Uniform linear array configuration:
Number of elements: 8
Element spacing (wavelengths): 1
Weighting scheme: blackman
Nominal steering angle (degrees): -60
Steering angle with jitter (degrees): -61.393
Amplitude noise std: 0.05
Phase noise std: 0.05

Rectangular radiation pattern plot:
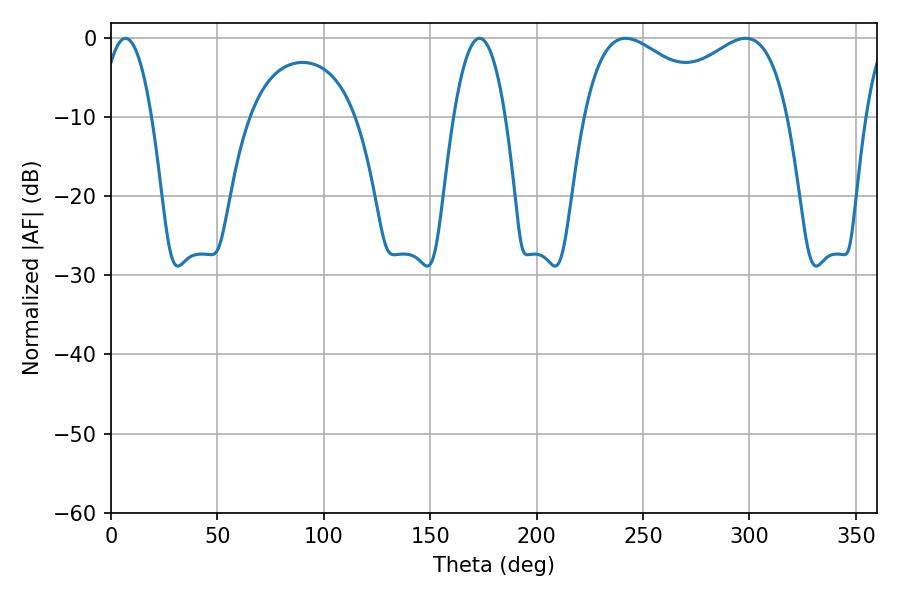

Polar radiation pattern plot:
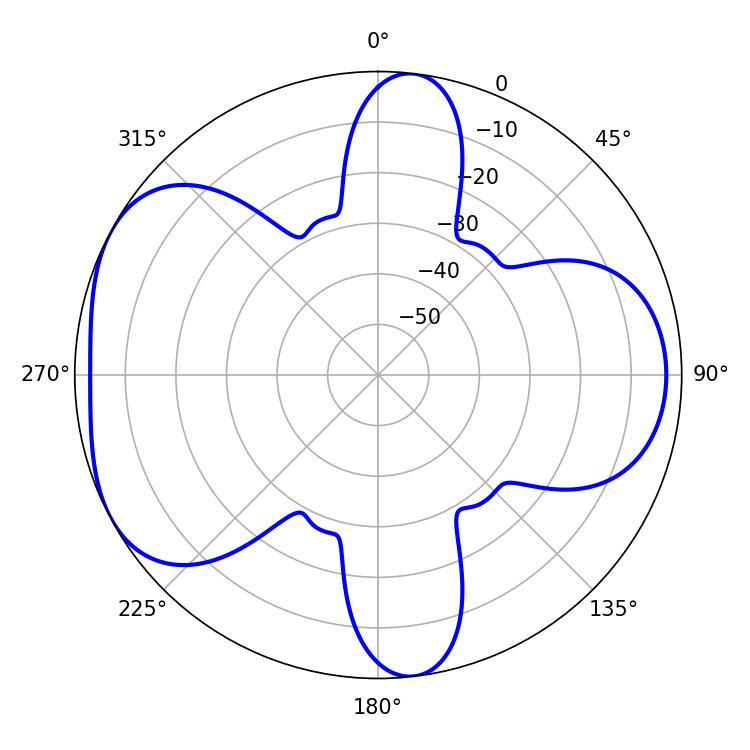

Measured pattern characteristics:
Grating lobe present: TRUE
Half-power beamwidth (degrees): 13.32
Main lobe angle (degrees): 6.84